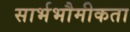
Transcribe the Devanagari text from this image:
सार्भभौमीकता